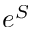
e ^ { S }